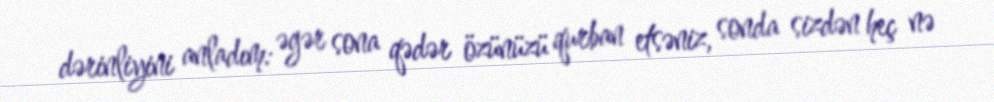
dərinliyini anladım: əgər sona qədər özünüzü qurban etsəniz, sonda sizdən heç nə